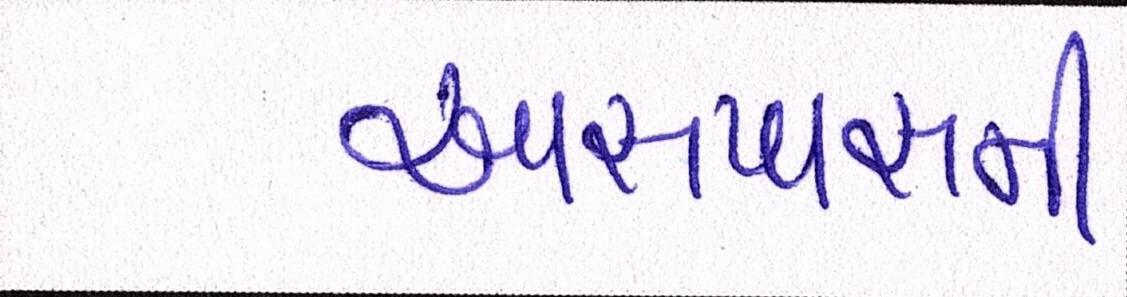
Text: આસપાસની